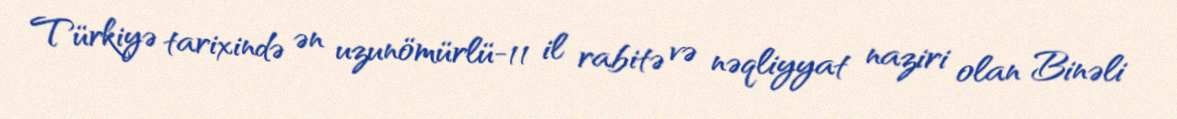
Türkiyə tarixində ən uzunömürlü-11 il rabitə və nəqliyyat naziri olan Binəli